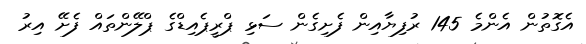
އެގޮތުން އެންމެ 145 ރުފިޔާއިން ފެށިގެން ސަޅި ޕްރީޕެއިޑްގެ ޕްލޭންތައް ފެށޭ އިރު